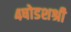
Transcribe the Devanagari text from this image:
४षोडशश्री